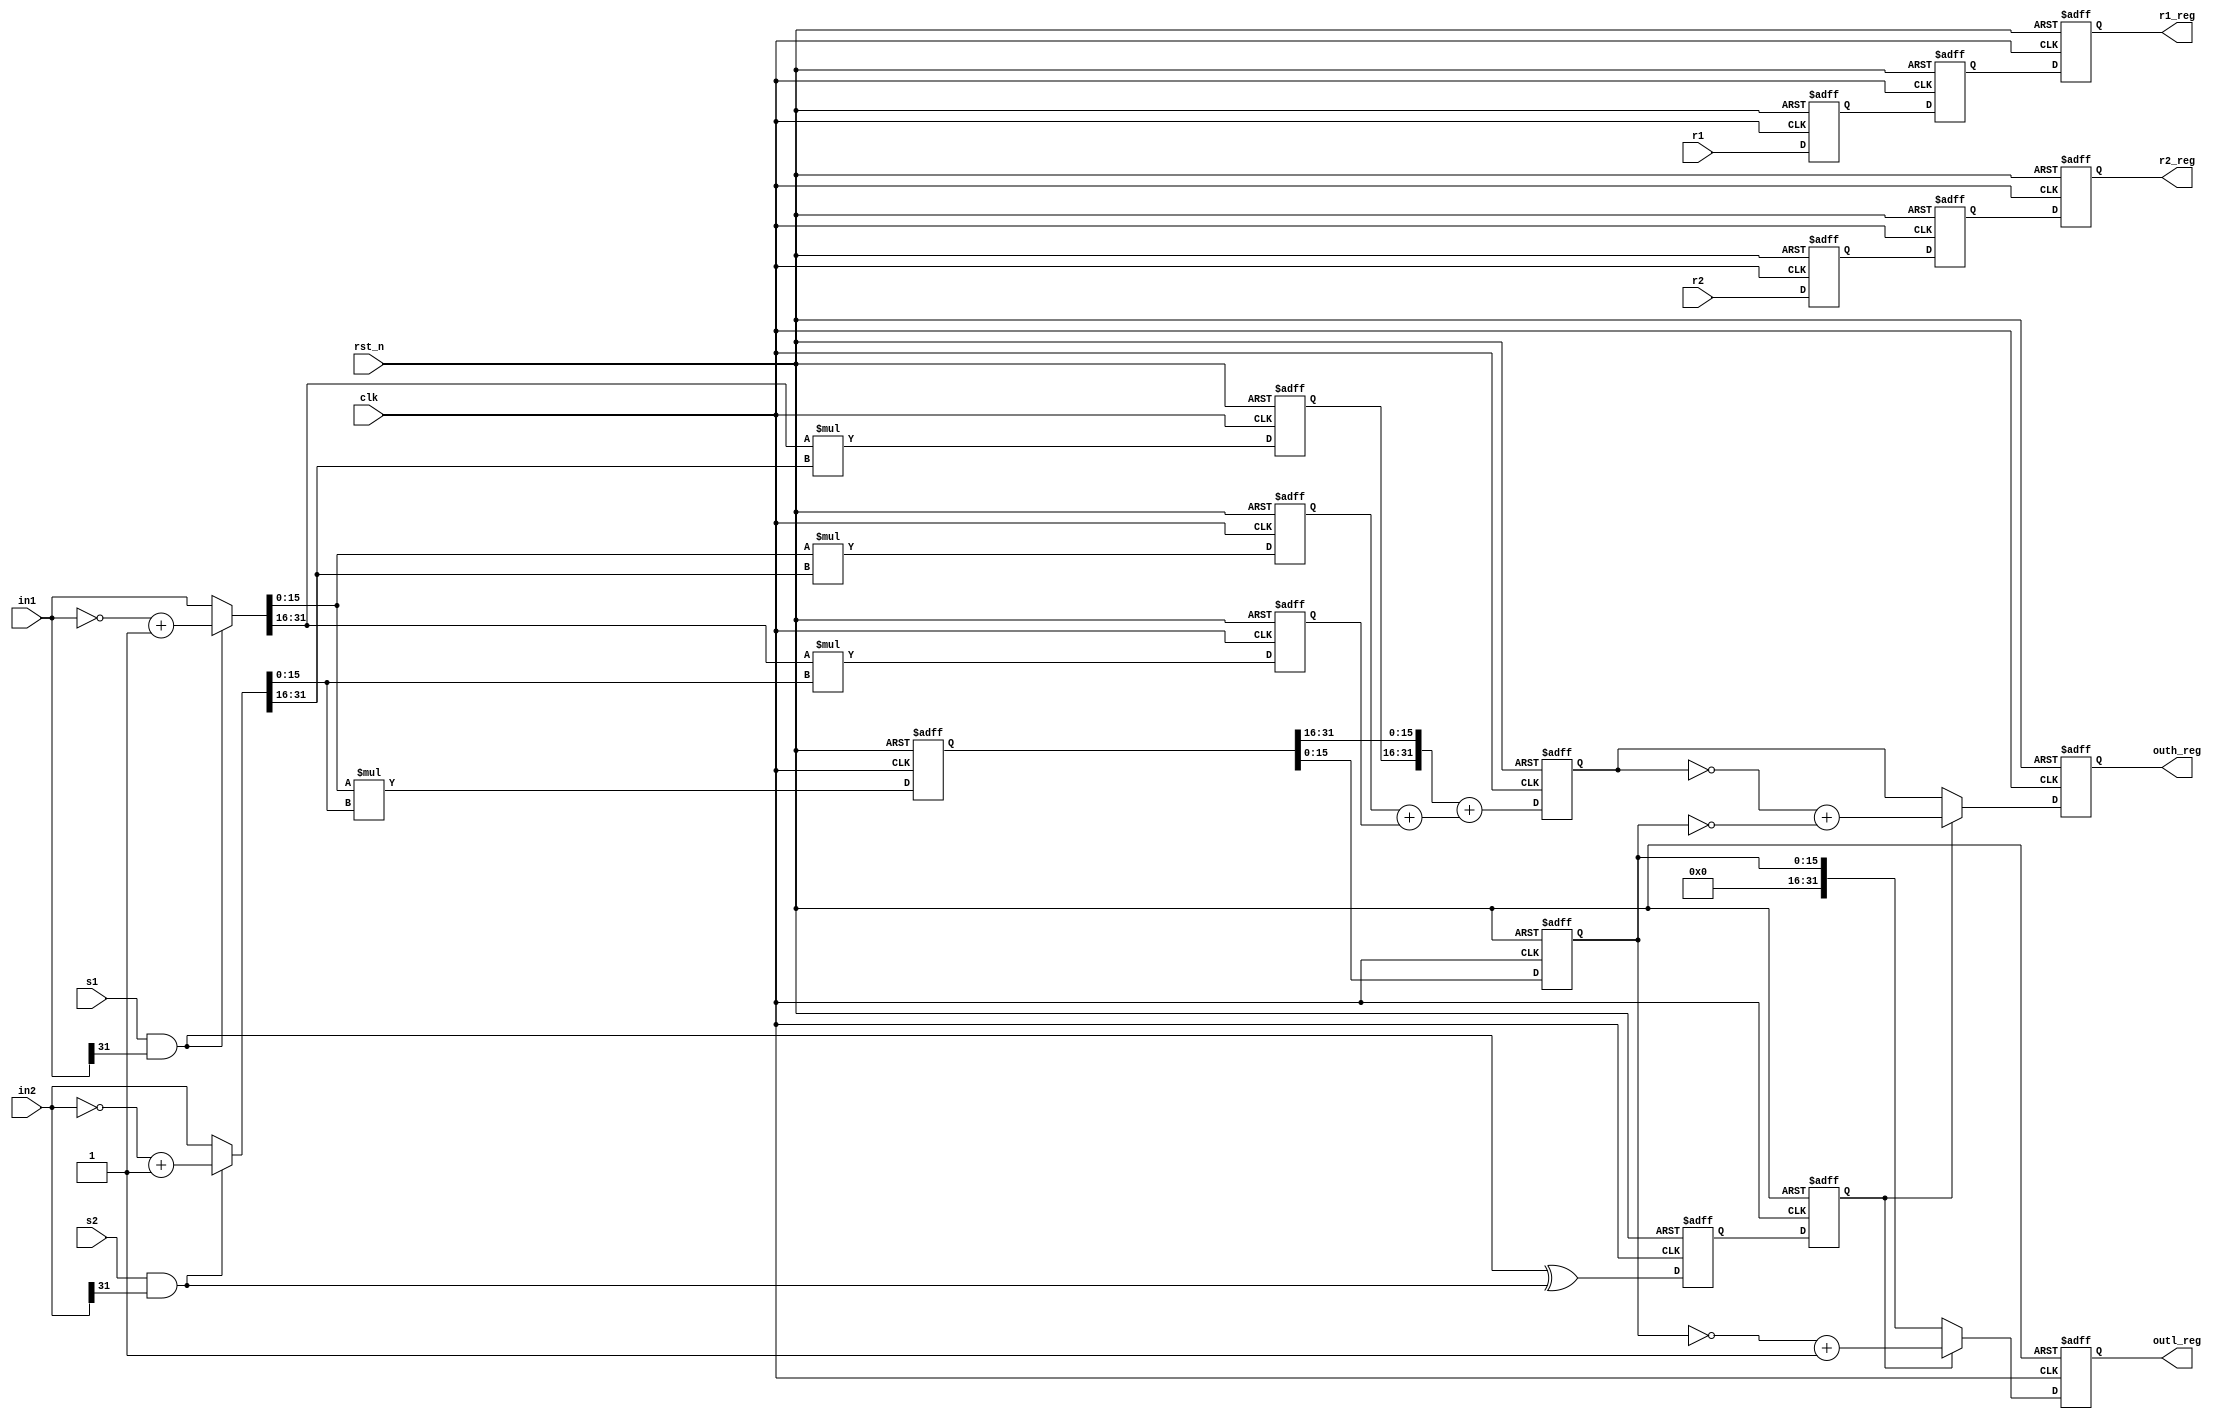
module sign_mul 
#(
  parameter DATA_WIDTH = 32,
  parameter REG_WIDTH = 5
)
(
  input wire rst_n,
  input wire clk,
  input wire [DATA_WIDTH - 1: 0] in1,
  input wire s1,
  input wire [DATA_WIDTH - 1: 0] in2,
  input wire s2,
  input wire [REG_WIDTH - 1: 0] r1,
  input wire [REG_WIDTH - 1: 0] r2,
  output reg [DATA_WIDTH - 1: 0] outl_reg,
  output reg [DATA_WIDTH - 1: 0] outh_reg,
  output reg [REG_WIDTH - 1: 0] r1_reg,
  output reg [REG_WIDTH - 1: 0] r2_reg
);

localparam SHORT_WIDTH = DATA_WIDTH / 2;
  
//the 1st stage registers
/*
reg [DATA_WIDTH - 1: 0] in1_s1_reg;
reg [DATA_WIDTH - 1: 0] in2_s1_reg;
reg s_s1_reg;*/
// 2nd stage
reg [DATA_WIDTH - 1: 0] mul11_reg;
reg [DATA_WIDTH - 1: 0] mul12_reg;
reg [DATA_WIDTH - 1: 0] mul21_reg;
reg [DATA_WIDTH - 1: 0] mul22_reg;
reg s_s2_reg;
  reg [REG_WIDTH - 1: 0] r1_s2_reg;
  reg [REG_WIDTH - 1: 0] r2_s2_reg;
/*
// 3rd stage
reg [DATA_WIDTH: 0] mid_s3_reg;
reg [DATA_WIDTH * 2 - 1: 0] base_s3_reg;
reg s_s3_reg; */
// 4rd stage
reg [SHORT_WIDTH - 1: 0] lo_s4_reg;
reg [SHORT_WIDTH * 3 - 1: 0] hi_s4_reg;
reg s_s4reg;
reg [REG_WIDTH - 1: 0] r1_s4_reg;
reg [REG_WIDTH - 1: 0] r2_s4_reg;
// 5th stage
// outputs
//----------------------------------------
wire in1_s = s1 & in1[DATA_WIDTH - 1];
wire in2_s = s2 & in2[DATA_WIDTH - 1];

wire [DATA_WIDTH - 1: 0] in1_s1 = in1_s? ~in1 + 1'b1: in1;
wire [DATA_WIDTH - 1: 0] in2_s1 = in2_s? ~in2 + 1'b1: in2;
wire s_s1 = in1_s ^ in2_s;

wire [DATA_WIDTH - 1: 0] mul11 = in1_s1[SHORT_WIDTH - 1: 0] * in2_s1[SHORT_WIDTH - 1: 0];
wire [DATA_WIDTH - 1: 0] mul12 = in1_s1[SHORT_WIDTH - 1: 0] * in2_s1[DATA_WIDTH - 1: SHORT_WIDTH];
wire [DATA_WIDTH - 1: 0] mul21 = in1_s1[DATA_WIDTH - 1: SHORT_WIDTH] * in2_s1[SHORT_WIDTH - 1: 0];
wire [DATA_WIDTH - 1: 0] mul22 = in1_s1[DATA_WIDTH - 1: SHORT_WIDTH] * in2_s1[DATA_WIDTH - 1: SHORT_WIDTH];

wire [DATA_WIDTH * 2 - 1: 0] base_s3 = {mul22_reg, mul11_reg};
wire [DATA_WIDTH: 0] mid_s3 = mul12_reg + mul21_reg;

//wire [SHORT_WIDTH - 1: 0] lo_s4 = base_s3[SHORT_WIDTH - 1: 0];
//wire [SHORT_WIDTH * 3 - 1: 0] hi_s4 = base_s3[2 * DATA_WIDTH - 1: SHORT_WIDTH] + mid_s3;	
	

always@(posedge clk, negedge rst_n)
begin
  if(!rst_n)
  begin
    // the 1st stage regs
	//in1_s1_reg <= 0;
	//in2_s1_reg <= 0;
	//s_s1_reg <= 0;
	// the 2nd stage regs
	mul11_reg <= 0;
	mul12_reg <= 0;
	mul21_reg <= 0;
	mul22_reg <= 0;
	s_s2_reg <= 0;
	r1_s2_reg <= 0;
	r2_s2_reg <= 0;
	// the 3rd stage regs
	//mid_s3_reg <= 0;
	//s_s3_reg <= 0;
	//base_s3_reg <= 0;
	// the 4rd stage regs
	lo_s4_reg <= 0;
   hi_s4_reg <= 0;
	s_s4reg <= 0;
	r1_s4_reg <= 0;
	r2_s4_reg <= 0;
	// output of the second stage
	outl_reg <= 0;
	outh_reg <= 0;
	r1_reg <= 0;
	r2_reg <= 0;
  end
  else
  begin  
    // 1st stage
   // in1_s1_reg <= in1_s? ~in1 + 1'b1: in1;
	// in2_s1_reg <= in2_s? ~in2 + 1'b1: in2;
   // s_s1_reg <= in1_s ^ in2_s;
    //-------------------
	// 2nd stage
	mul11_reg <= mul11;
	mul12_reg <= mul12;
	mul21_reg <= mul21;
	mul22_reg <= mul22;
	s_s2_reg <= s_s1; //s_s1_reg;
   r1_s2_reg <= r1;
	r2_s2_reg <= r2;
	//-------------------
	// 3rd stage
	/*
	mid_s3_reg <= mid_s3;
	base_s3_reg <= base_s3;
	s_s3_reg <= s_s2_reg;
	//-------------------
	// 4th stage
	lo_s4_reg <= base_s3_reg[SHORT_WIDTH - 1: 0];
	hi_s4_reg <= base_s3_reg[3 * SHORT_WIDTH - 1: SHORT_WIDTH] + mid_s3_reg;
	s_s4reg <= s_s3_reg;
	
	*/
	lo_s4_reg <= base_s3[SHORT_WIDTH - 1: 0];
	hi_s4_reg <= base_s3[2 * DATA_WIDTH - 1: SHORT_WIDTH] + mid_s3;
	s_s4reg <= s_s2_reg;
	r1_s4_reg <= r1_s2_reg;
	r2_s4_reg <= r2_s2_reg;
	//-------------------
	// 5th stage	
   outl_reg <= s_s4reg? ~lo_s4_reg + 1'b1: lo_s4_reg;
	outh_reg <= s_s4reg? ~hi_s4_reg + (lo_s4_reg == {SHORT_WIDTH{1'b0}}): hi_s4_reg;
	r1_reg <= r1_s4_reg;
	r2_reg <= r2_s4_reg;
  end
end

endmodule